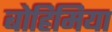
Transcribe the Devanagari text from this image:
बोहिमिया